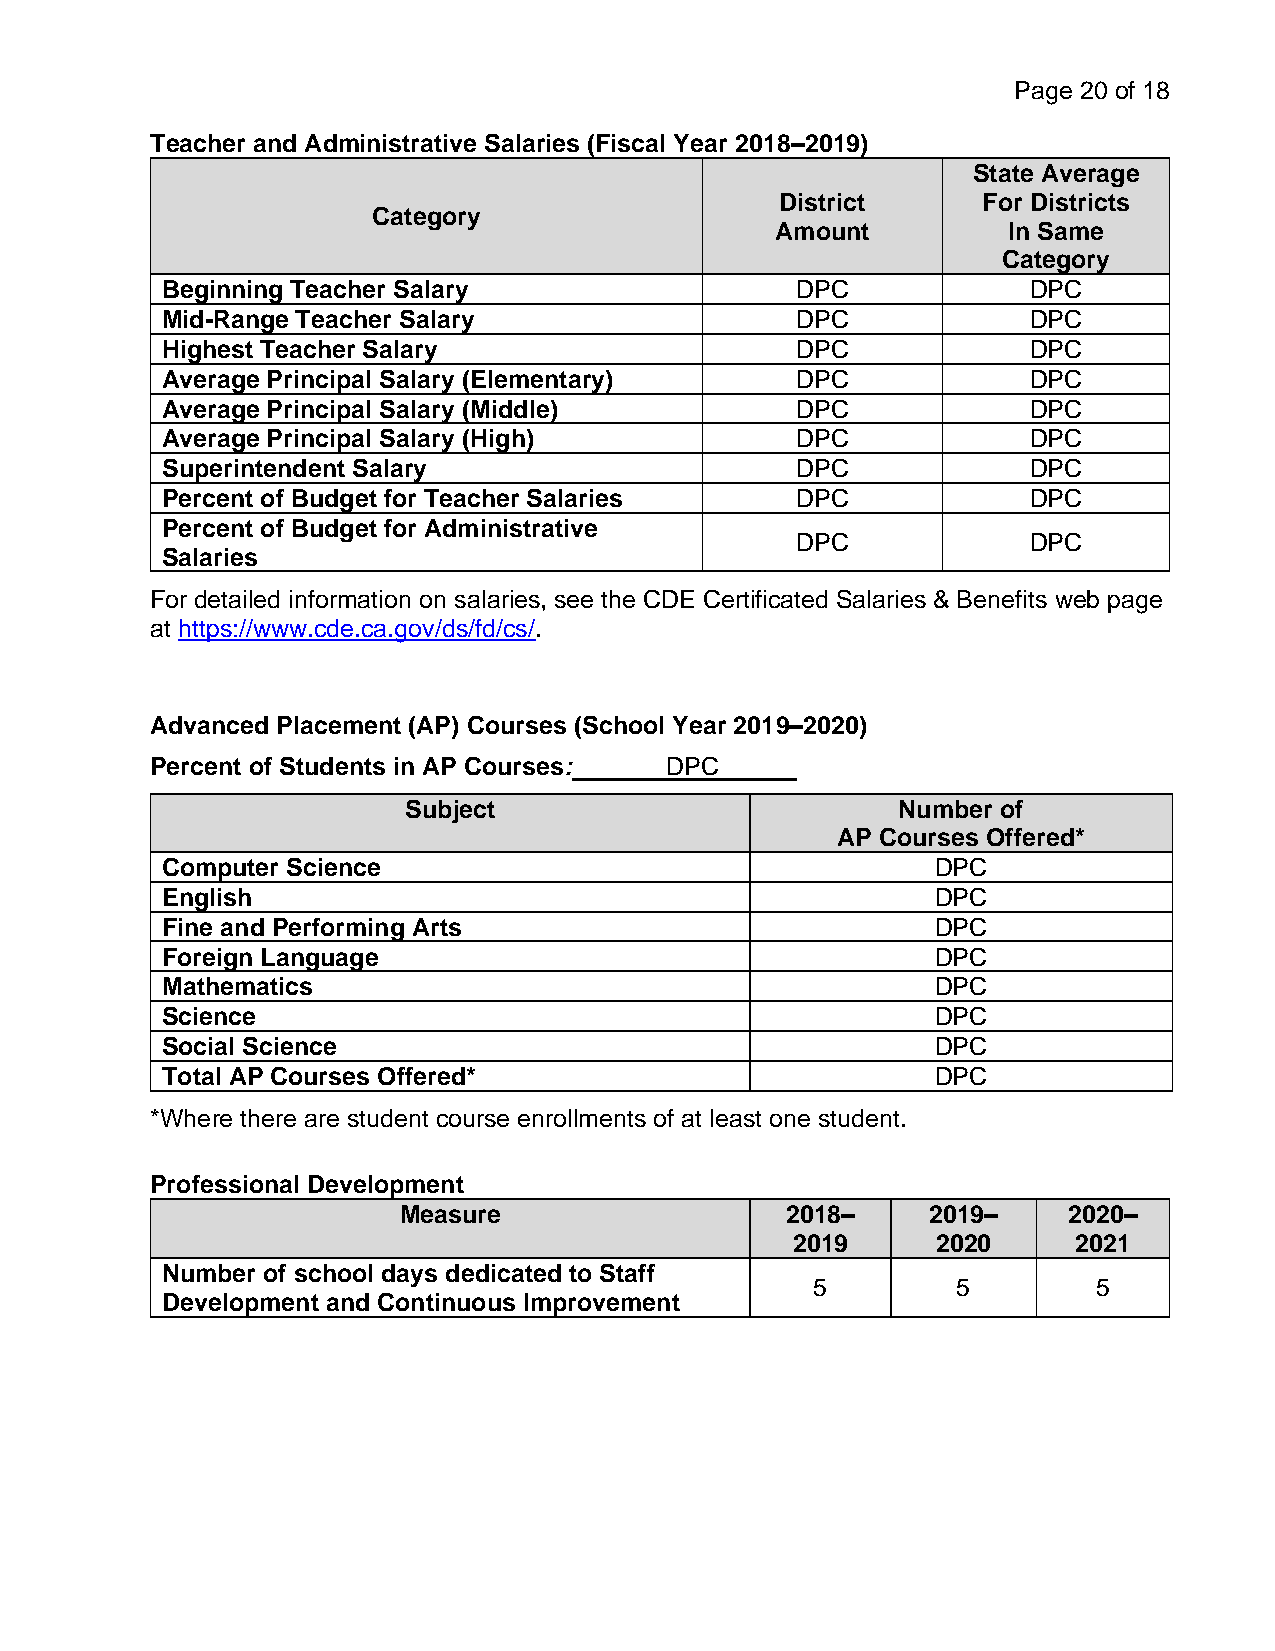
Page 20 of 18
 Teacher and Administrative Salaries (Fiscal Year 2018–2019)
 State Average
 District     For Districts
 Category
 Amount          In Same
 Category
 Beginning Teacher Salary                  DPC            DPC
 Mid-Range Teacher Salary                  DPC            DPC
 Highest Teacher Salary                    DPC            DPC
 Average Principal Salary (Elementary)     DPC            DPC
 Average Principal Salary (Middle)         DPC            DPC
 Average Principal Salary (High)           DPC            DPC
 Superintendent Salary                     DPC            DPC
 Percent of Budget for Teacher Salaries    DPC            DPC
 Percent of Budget for Administrative
 DPC            DPC
 Salaries
 For detailed information on salaries, see the CDE Certificated Salaries & Benefits web page
 at https://www.cde.ca.gov/ds/fd/cs/.
 Advanced Placement (AP) Courses (School Year 2019–2020)
 Percent of Students in AP Courses: DPC
 Subject                         Number of
 AP Courses Offered*
 Computer Science                                   DPC
 English                                            DPC
 Fine and Performing Arts                           DPC
 Foreign Language                                   DPC
 Mathematics                                        DPC
 Science                                            DPC
 Social Science                                     DPC
 Total AP Courses Offered*                          DPC
 *Where there are student course enrollments of at least one student.
 Professional Development
 Measure                   2018–    2019–     2020–
 2019      2020     2021
 Number of school days dedicated to Staff
 5        5         5
 Development and Continuous Improvement